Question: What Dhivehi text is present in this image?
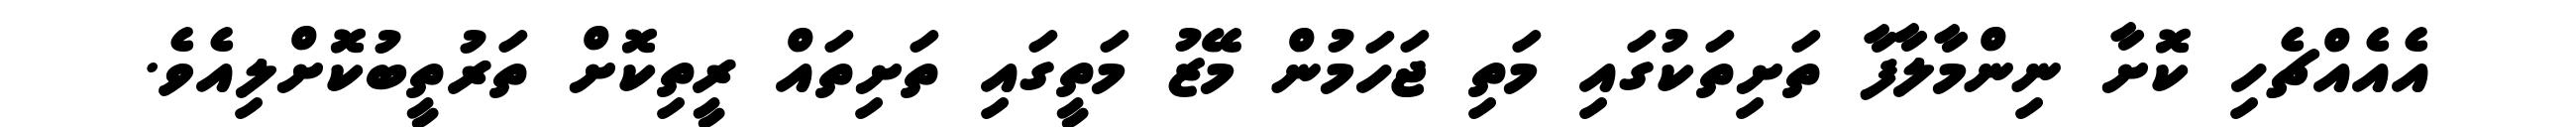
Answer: އެއެއްޗެހި ކޮށާ ނިންމާލާފާ ތަށިތަކުގައި މަތި ޖަހަމުން މޭޒު މަތީގައި ތަށިތައް ރީތިކޮށް ތަރުތީބުކޮށްލިއެވެ.